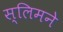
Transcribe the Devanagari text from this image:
स्लिमने